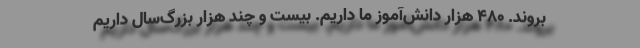
بروند. ۴۸۰ هزار دانش‌آموز ما داریم. بیست و چند هزار بزرگ‌سال داریم